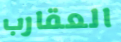
العقارب